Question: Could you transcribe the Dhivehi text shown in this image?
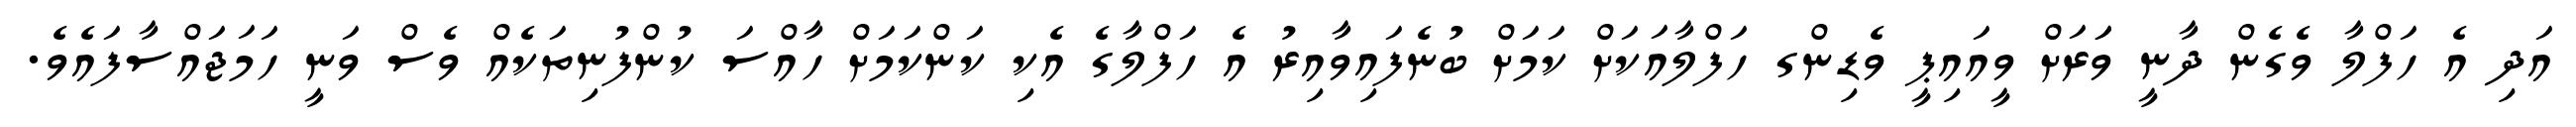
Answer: އަދި އެ ހަފްލާ ވެގެން ދާނީ ވަަރަށް ވީއައިޕީ ވެޑިންގ ހަފްލާއަކަށް ކަމަށް ބުނެފައިވާއިރު އެ ހަފްލާގެ އެކި ކަންކަމަށް ހާއްސަ ކުންފުނިތަކެއް ވެސް ވަނީ ހަމަޖައްސާފައެވެ.